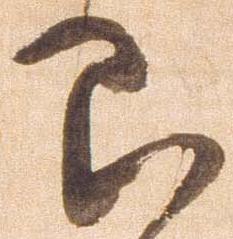
即